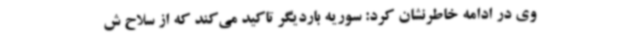
وی در ادامه خاطرنشان کرد: سوریه باردیگر تاکید می‌کند که از سلاح ش